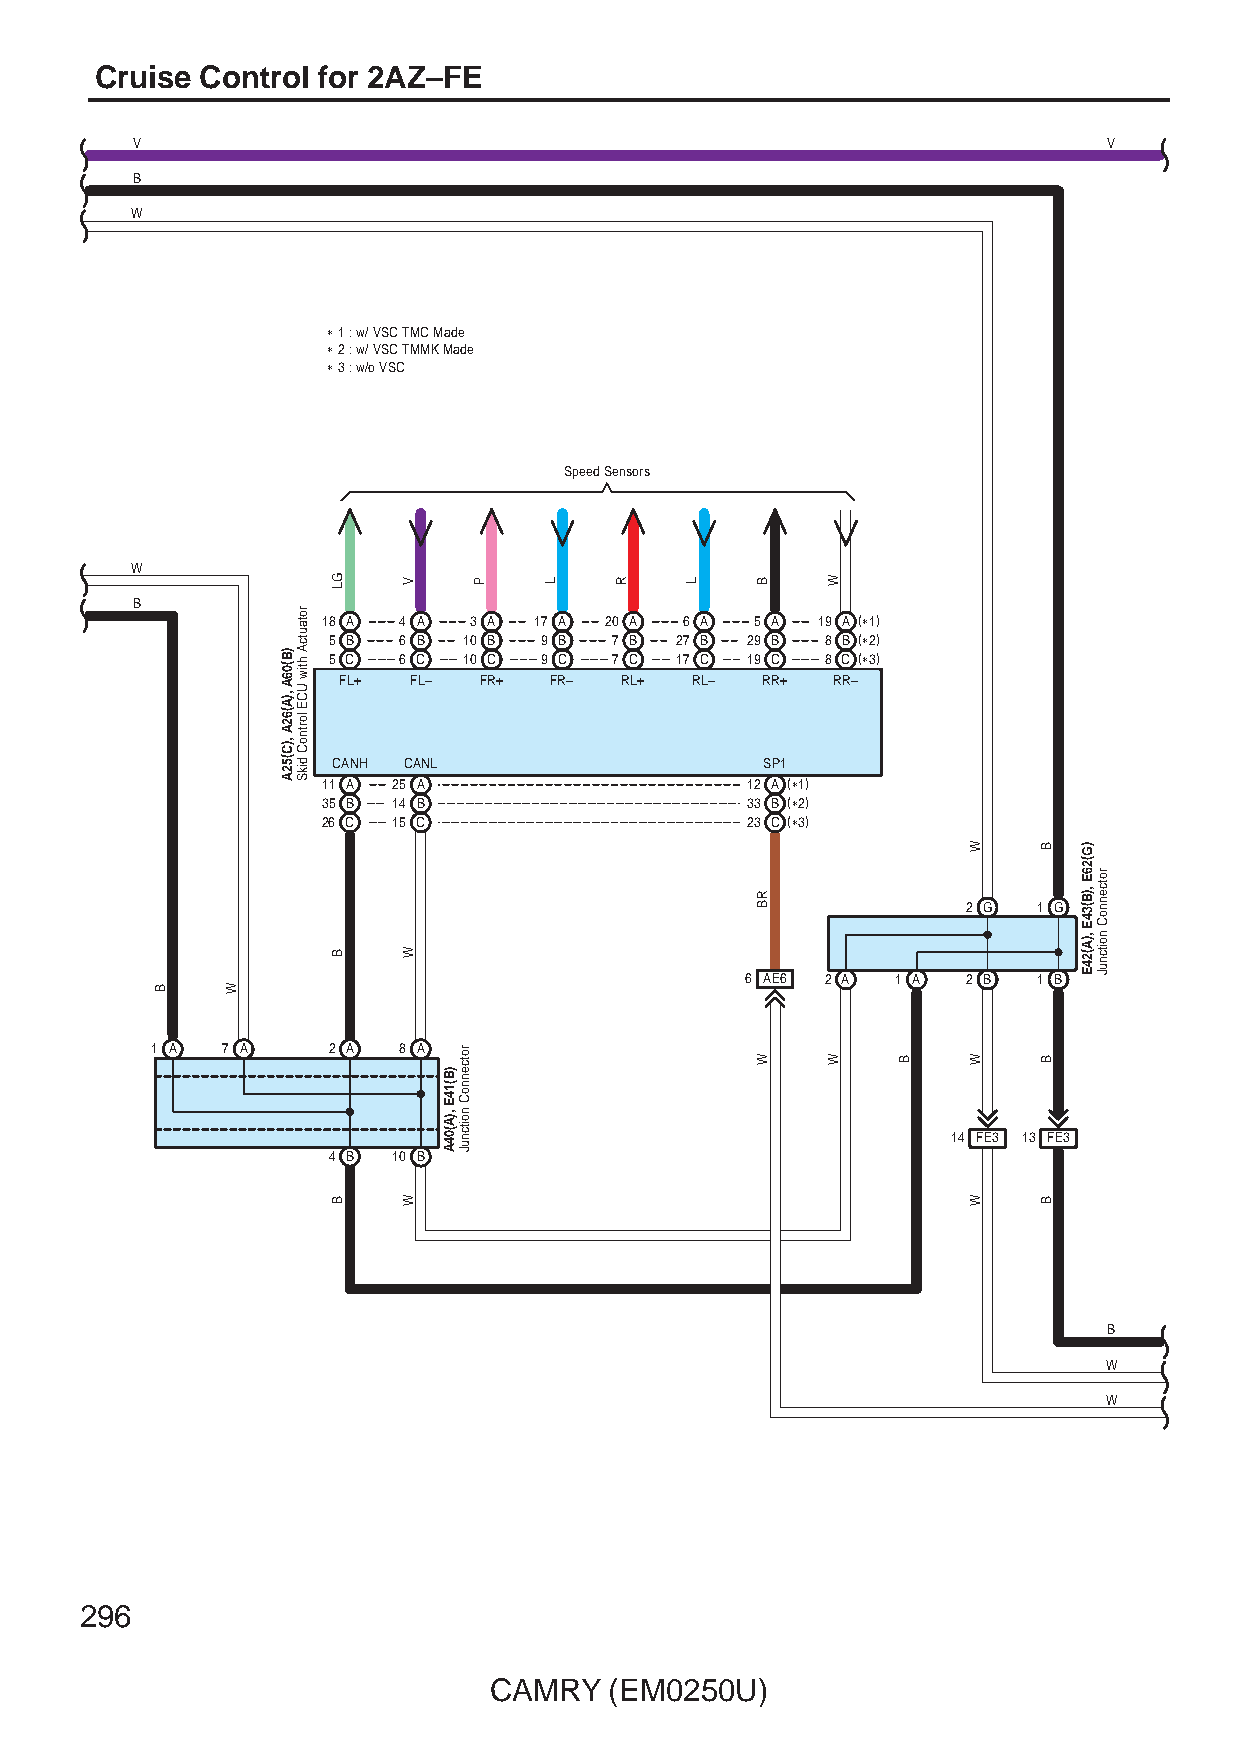
Cruise Control for 2AZ–FE
 V                                                               V
 B
 W
 ∗ 1 : w/ VSC TMC Made
 ∗ 2 : w/ VSC TMMK Made
 ∗ 3 : w/o VSC
 Speed Sensors
 W
 B
 18 A 4 A  3 A 17 A 20 A 6 A  5 A 19 A (∗1)
 5 B 6 B  10 B 9 B  7 B 27 B 29 B 8 B (∗2)
 5 C 6 C  10 C 9 C  7 C 17 C 19 C 8 C (∗3)
 FL+  FL–  FR+ FR–  RL+  RL– RR+  RR–
 CANH CANL                    SP1
 11 A 25 A                   12 A (∗1)
 35 B 14 B                   33 B (∗2)
 26 C 15 C                   23 C (∗3)
 2 G  1 G
 6 AE6 2 A 1 A  2 B  1 B
 1 A  7 A    2 A 8 A
 14 FE3 13 FE3
 4 B 10 B
 B
 W
 W
 296
 CAMRY   (EM0250U)
 B    W
 )B(06A
 ,)A(62A
 ,)C(52A
 rotautcA
 htiw
 UCE
 lortnoC
 dikS
 GL
 B
 B
 V
 W
 W
 )B(14E
 ,)A(04A
 rotcennoC
 noitcnuJ
 P    L    R   L    B
 RB
 W
 W
 W   B
 W
 W
 W
 B
 B
 B
 )G(26E
 ,)B(34E
 ,)A(24E
 rotcennoC
 noitcnuJ